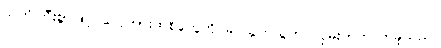
သတိကြီးစွာဖြင့် လှေကားထစ်တွေကို ခပ်သွက်သွက် လှမ်းတက်လာခဲ့သည်။